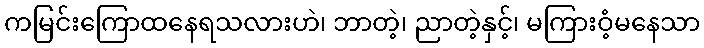
ကမြင်းကြောထနေရသလားဟဲ၊ ဘာတဲ့၊ ညာတဲ့နှင့်၊ မကြားဝံ့မနေသာ